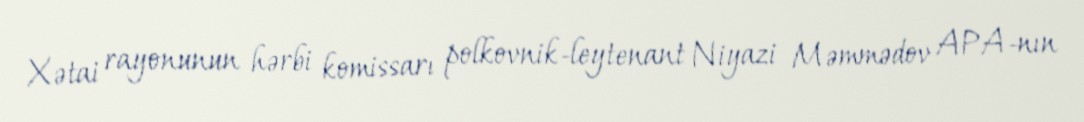
Xətai rayonunun hərbi komissarı polkovnik-leytenant Niyazi Məmmədov APA-nın